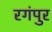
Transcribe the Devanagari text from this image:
रगंपुर